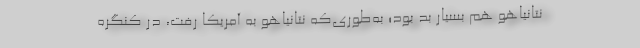
نتانیاهو هم بسیار بد بود؛ به‌‌طوری‌که نتانیاهو به آمریکا رفت، در کنگره